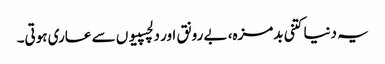
یہ دنیا کتنی بدمزہ، بے رونق اور دلچسپیوں سے عاری ہوتی۔